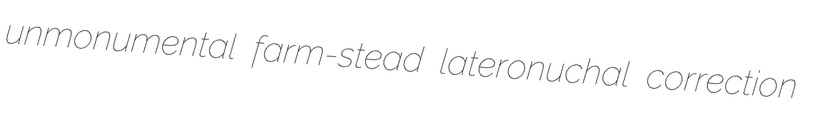
unmonumental farm-stead lateronuchal correction